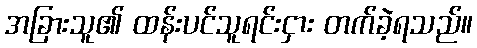
အခြားသူ၏ ထန်းပင်သူရင်းငှား တက်ခဲ့ရသည်။